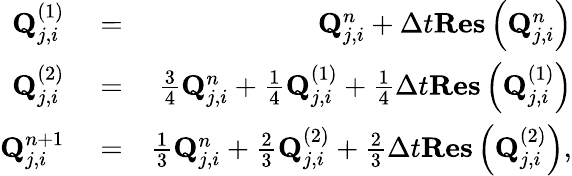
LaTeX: \begin{array}{rlr}{\mathbf{Q}_{j,i}^{(1)}}&{{}=}&{\mathbf{Q}_{j,i}^{n}+\Delta t\mathbf{Res}\left(\mathbf{Q}_{j,i}^{n}\right)}\\ {\mathbf{Q}_{j,i}^{(2)}}&{{}=}&{\frac{3}{4}\mathbf{Q}_{j,i}^{n}+\frac{1}{4}\mathbf{Q}_{j,i}^{(1)}+\frac{1}{4}\Delta t\mathbf{Res}\left(\mathbf{Q}_{j,i}^{(1)}\right)}\\ {\mathbf{Q}_{j,i}^{n+1}}&{{}=}&{\frac{1}{3}\mathbf{Q}_{j,i}^{n}+\frac{2}{3}\mathbf{Q}_{j,i}^{(2)}+\frac{2}{3}\Delta t\mathbf{Res}\left(\mathbf{Q}_{j,i}^{(2)}\right),}\end{array}